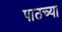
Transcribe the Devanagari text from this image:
पाठच्या